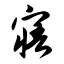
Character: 寤